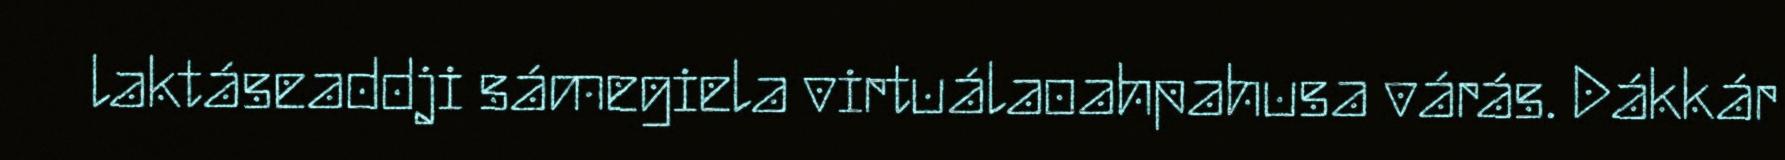
laktáseaddji sámegiela virtuálaoahpahusa várás. Dákkár